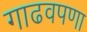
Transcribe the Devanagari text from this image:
गाढवपणा